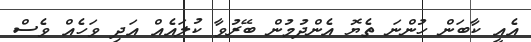
އެއީ ކާބަން ހުންނަ ތެޔޮ އެންދުމުން ބޭރުވާ ކުލައެއް އަދި ވަހެއް ވެސް